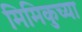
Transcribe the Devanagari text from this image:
मिमिकुच्या